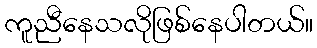
ကူညီနေသလိုဖြစ်နေပါတယ်။